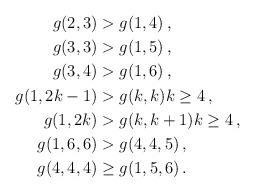
LaTeX: \begin{align*}g(2,3) & > g(1,4)\,,\\g(3,3) & > g(1,5)\,,\\g(3,4) & > g(1,6)\,,\\g(1,2k-1) & > g(k,k) k \ge 4\,,\\g(1,2k) & > g(k,k+1) k \ge 4\,,\\g(1,6,6) & > g(4,4,5)\,,\\g(4,4,4) & \ge g(1,5,6) \,.\end{align*}